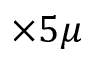
\times 5 \mu